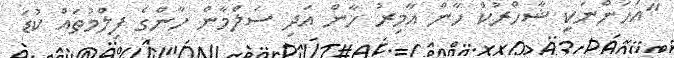
"އަހަންނަކީ ޝާހްރުކް ހާން އާމިރު ހާން އަދި ސަލްމާން ހާންގެ ފިލްމުތައް ކުޑަ